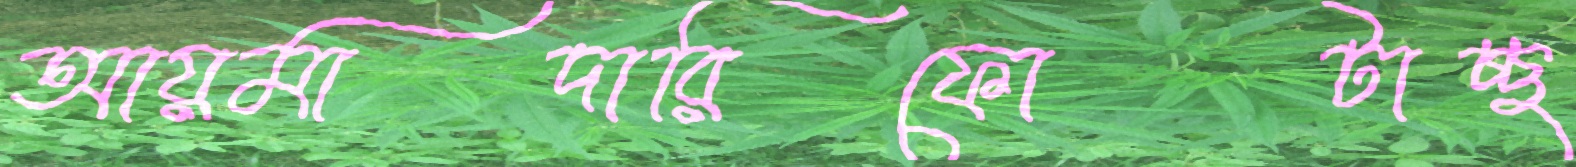
আয়মাদারিফোটাচ্ছ